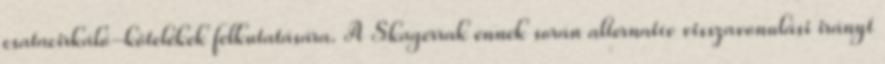
csatacirkáló-kötelékek felkutatására. A Skagerrak ennek során alternatív visszavonulási irányt